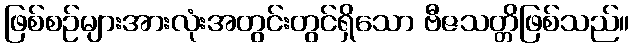
ဖြစ်စဉ်များအားလုံးအတွင်းတွင်ရှိသော ဗီဇသတ္တိဖြစ်သည်။